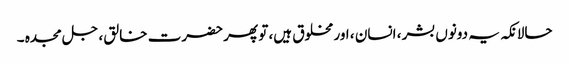
حالانکہ یہ دونوں بشر ، انسان ، اور مخلوق ہیں، تو پھر حضرت خالق ، جل مجدہ ۔